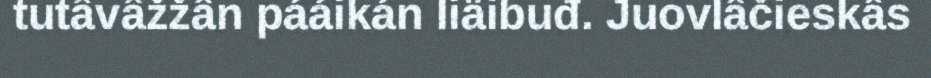
tutâvâžžân pááikán liäibuđ. Juovlâčieskâs